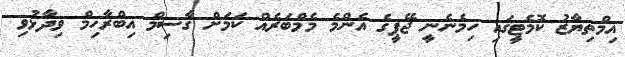
އިމްތިޔާޒު ކޮމެޓީގައި ހިމެނެނީ ޖޭޕީގެ އެންމެ މެމްބަރެއް ކަމަށް ގާސިމް އިބްރާހިމް ވިދާޅުވި